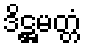
ဒိဋ္ဌမတ္တံ